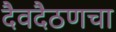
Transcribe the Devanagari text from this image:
दैवदैठणचा